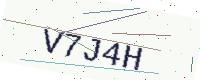
Text: V7J4H